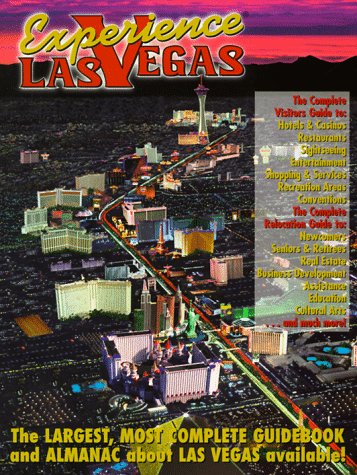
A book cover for Experience Las Vegas: The Largest, Most Complete Guidebook and Almanac about Las Vegas Available!; NevadaCom Media Group Inc; Travel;